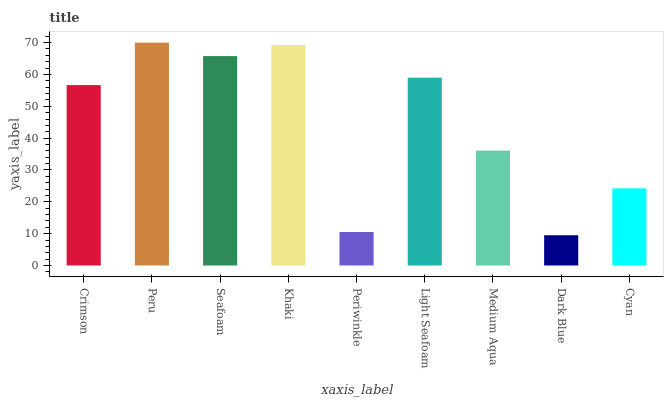
| xaxis_label | bars |
 | --- | --- |
 | Crimson | 56.7 |
 | Peru | 70 |
 | Seafoam | 65.8 |
 | Khaki | 69.2 |
 | Periwinkle | 10.5 |
 | Light Seafoam | 59 |
 | Medium Aqua | 36.1 |
 | Dark Blue | 9.5 |
 | Cyan | 24.2 |